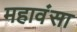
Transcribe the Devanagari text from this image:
महावंसा